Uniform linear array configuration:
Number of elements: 64
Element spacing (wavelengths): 0.5
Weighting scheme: exponential
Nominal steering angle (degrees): -30
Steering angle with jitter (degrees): -28.736
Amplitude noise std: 0.05
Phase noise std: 0.05

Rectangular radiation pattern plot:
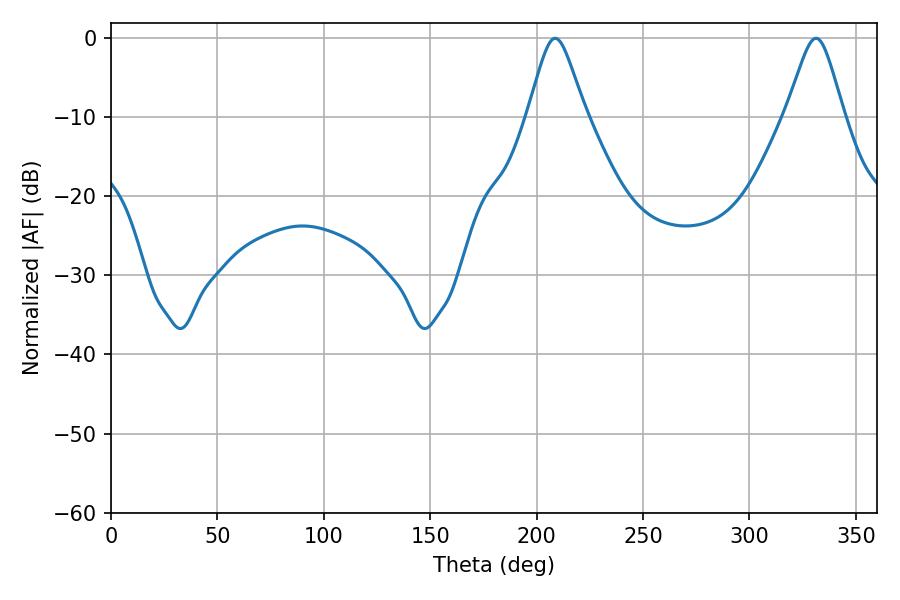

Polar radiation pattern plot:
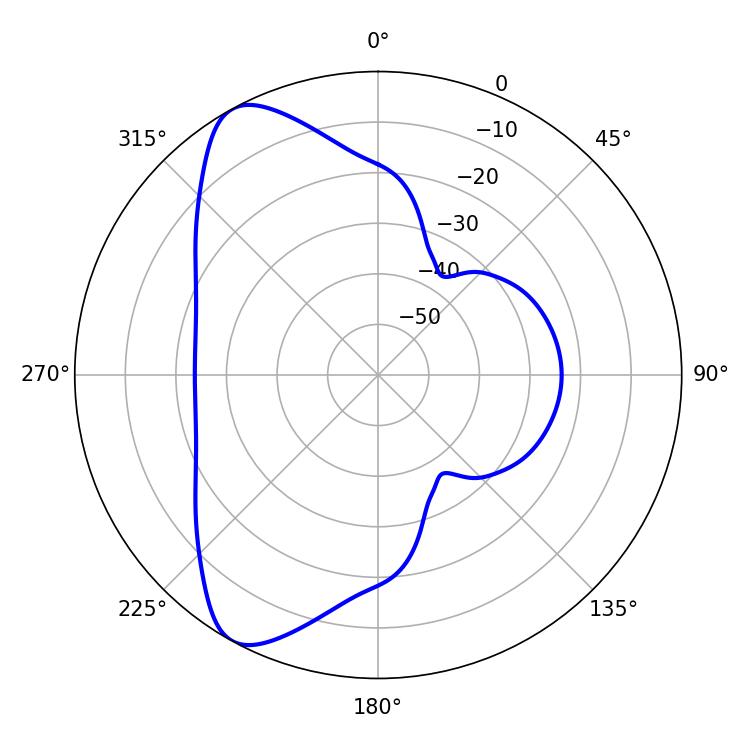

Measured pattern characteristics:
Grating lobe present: FALSE
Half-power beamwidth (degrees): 13.14
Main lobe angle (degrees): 208.8